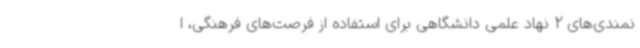
نمندی‌های 2 نهاد علمی دانشگاهی برای استفاده از فرصت‌های فرهنگی، ا